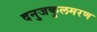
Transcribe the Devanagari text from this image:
दनुजकुलमरण